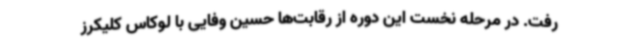
رفت. در مرحله نخست این دوره از رقابت‌ها حسین وفایی با لوکاس کلیکرز